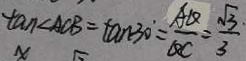
\tan \angle A C B = \tan 3 0 ^ { \circ } = \frac { A Q } { Q C } = \frac { \sqrt { 3 } } { 3 }